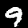
Label: 9